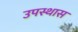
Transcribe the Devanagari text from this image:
उपस्थास